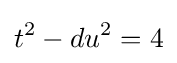
t^{2}-du^{2}=4